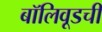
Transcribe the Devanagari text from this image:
बॉलिवूडची